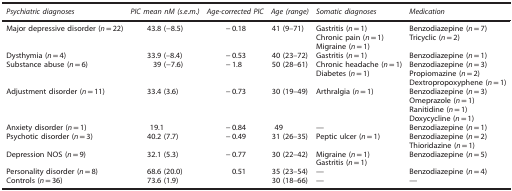
| Psychiatric diagnoses | PIC mean nM (s.e.m.) | Age-corrected PIC | Age (range) | Somatic diagnoses | Medication |
 | --- | --- | --- | --- | --- | --- |
 | Major depressive disorder (n=22) | 43.8 (−8.5) | −0.18 | 41 (9–71) | Gastritis (n=1)Chronic pain (n=1)Migraine (n=1) | Benzodiazepine (n=7)Tricyclic (n=2) |
 | Dysthymia (n=4) | 33.9 (–8.4) | −0.53 | 40 (23–72) | Gastritis (n=1) | Benzodiazepine (n=1) |
 | Substance abuse (n=6) | 39 (−7.6) | −1.8 | 50 (28–61) | Chronic headache (n=1)Diabetes (n=1) | Benzodiazepine (n=3)Propiomazine (n=2)Dextropropoxyphene (n=1) |
 | Adjustment disorder (n=11) | 33.4 (3.6) | −0.73 | 30 (19–49) | Arthralgia (n=1) | Benzodiazepine (n=3)Omeprazole (n=1)Ranitidine (n=1)Doxycycline (n=1) |
 | Anxiety disorder (n=1) | 19.1 | −0.84 | 49 | — | Benzodiazepine (n=1) |
 | Psychotic disorder (n=3) | 40.2 (7.7) | −0.49 | 31 (26–35) | Peptic ulcer (n=1) | Benzodiazepine (n=2)Thioridazine (n=1) |
 | Depression NOS (n=9) | 32.1 (5.3) | −0.77 | 30 (22–42) | Migraine (n=1)Gastritis (n=1) | Benzodiazepine (n=5) |
 | Personality disorder (n=8) | 68.6 (20.0) | 0.51 | 35 (23–54) | — | Benzodiazepine (n=4) |
 | Controls (n=36) | 73.6 (1.9) |  | 30 (18–66) | — | — |